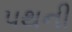
પથની